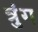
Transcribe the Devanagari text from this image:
त्रुंग